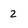
Character: 2